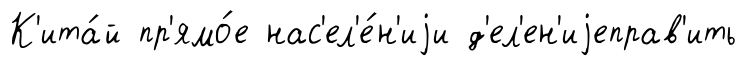
К'ита́й пр'ямо́е нас'ел'е́н'иjи д'ел'ен'иjеправ'ить